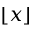
\lfloor x \rfloor